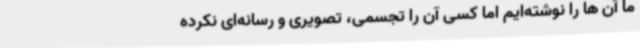
ما آن ها را نوشته‌ایم اما کسی آن را تجسمی، تصویری و رسانه‌ای نکرده